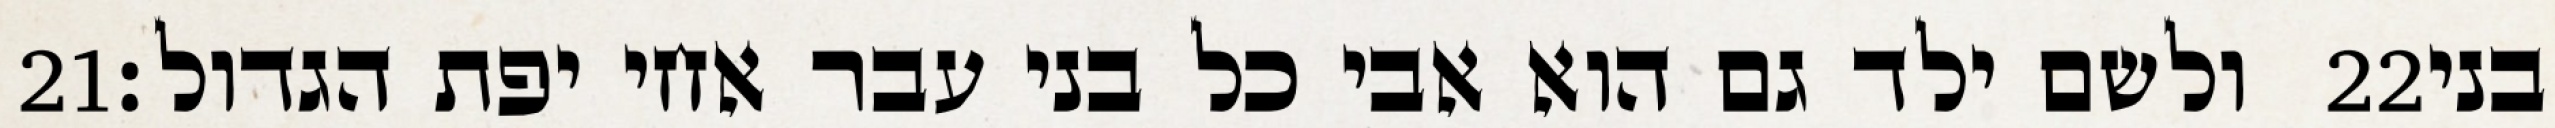
‎21‏ ולשם ילד גם הוא אבי כל בני עבר אחי יפת הגדול׃ ‎22‏ בני